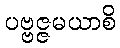
ပဗ္ဗဇ္ဇမယာစိ